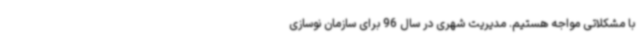
با مشکلاتی مواجه هستیم. مدیریت شهری در سال 96 برای سازمان نوسازی